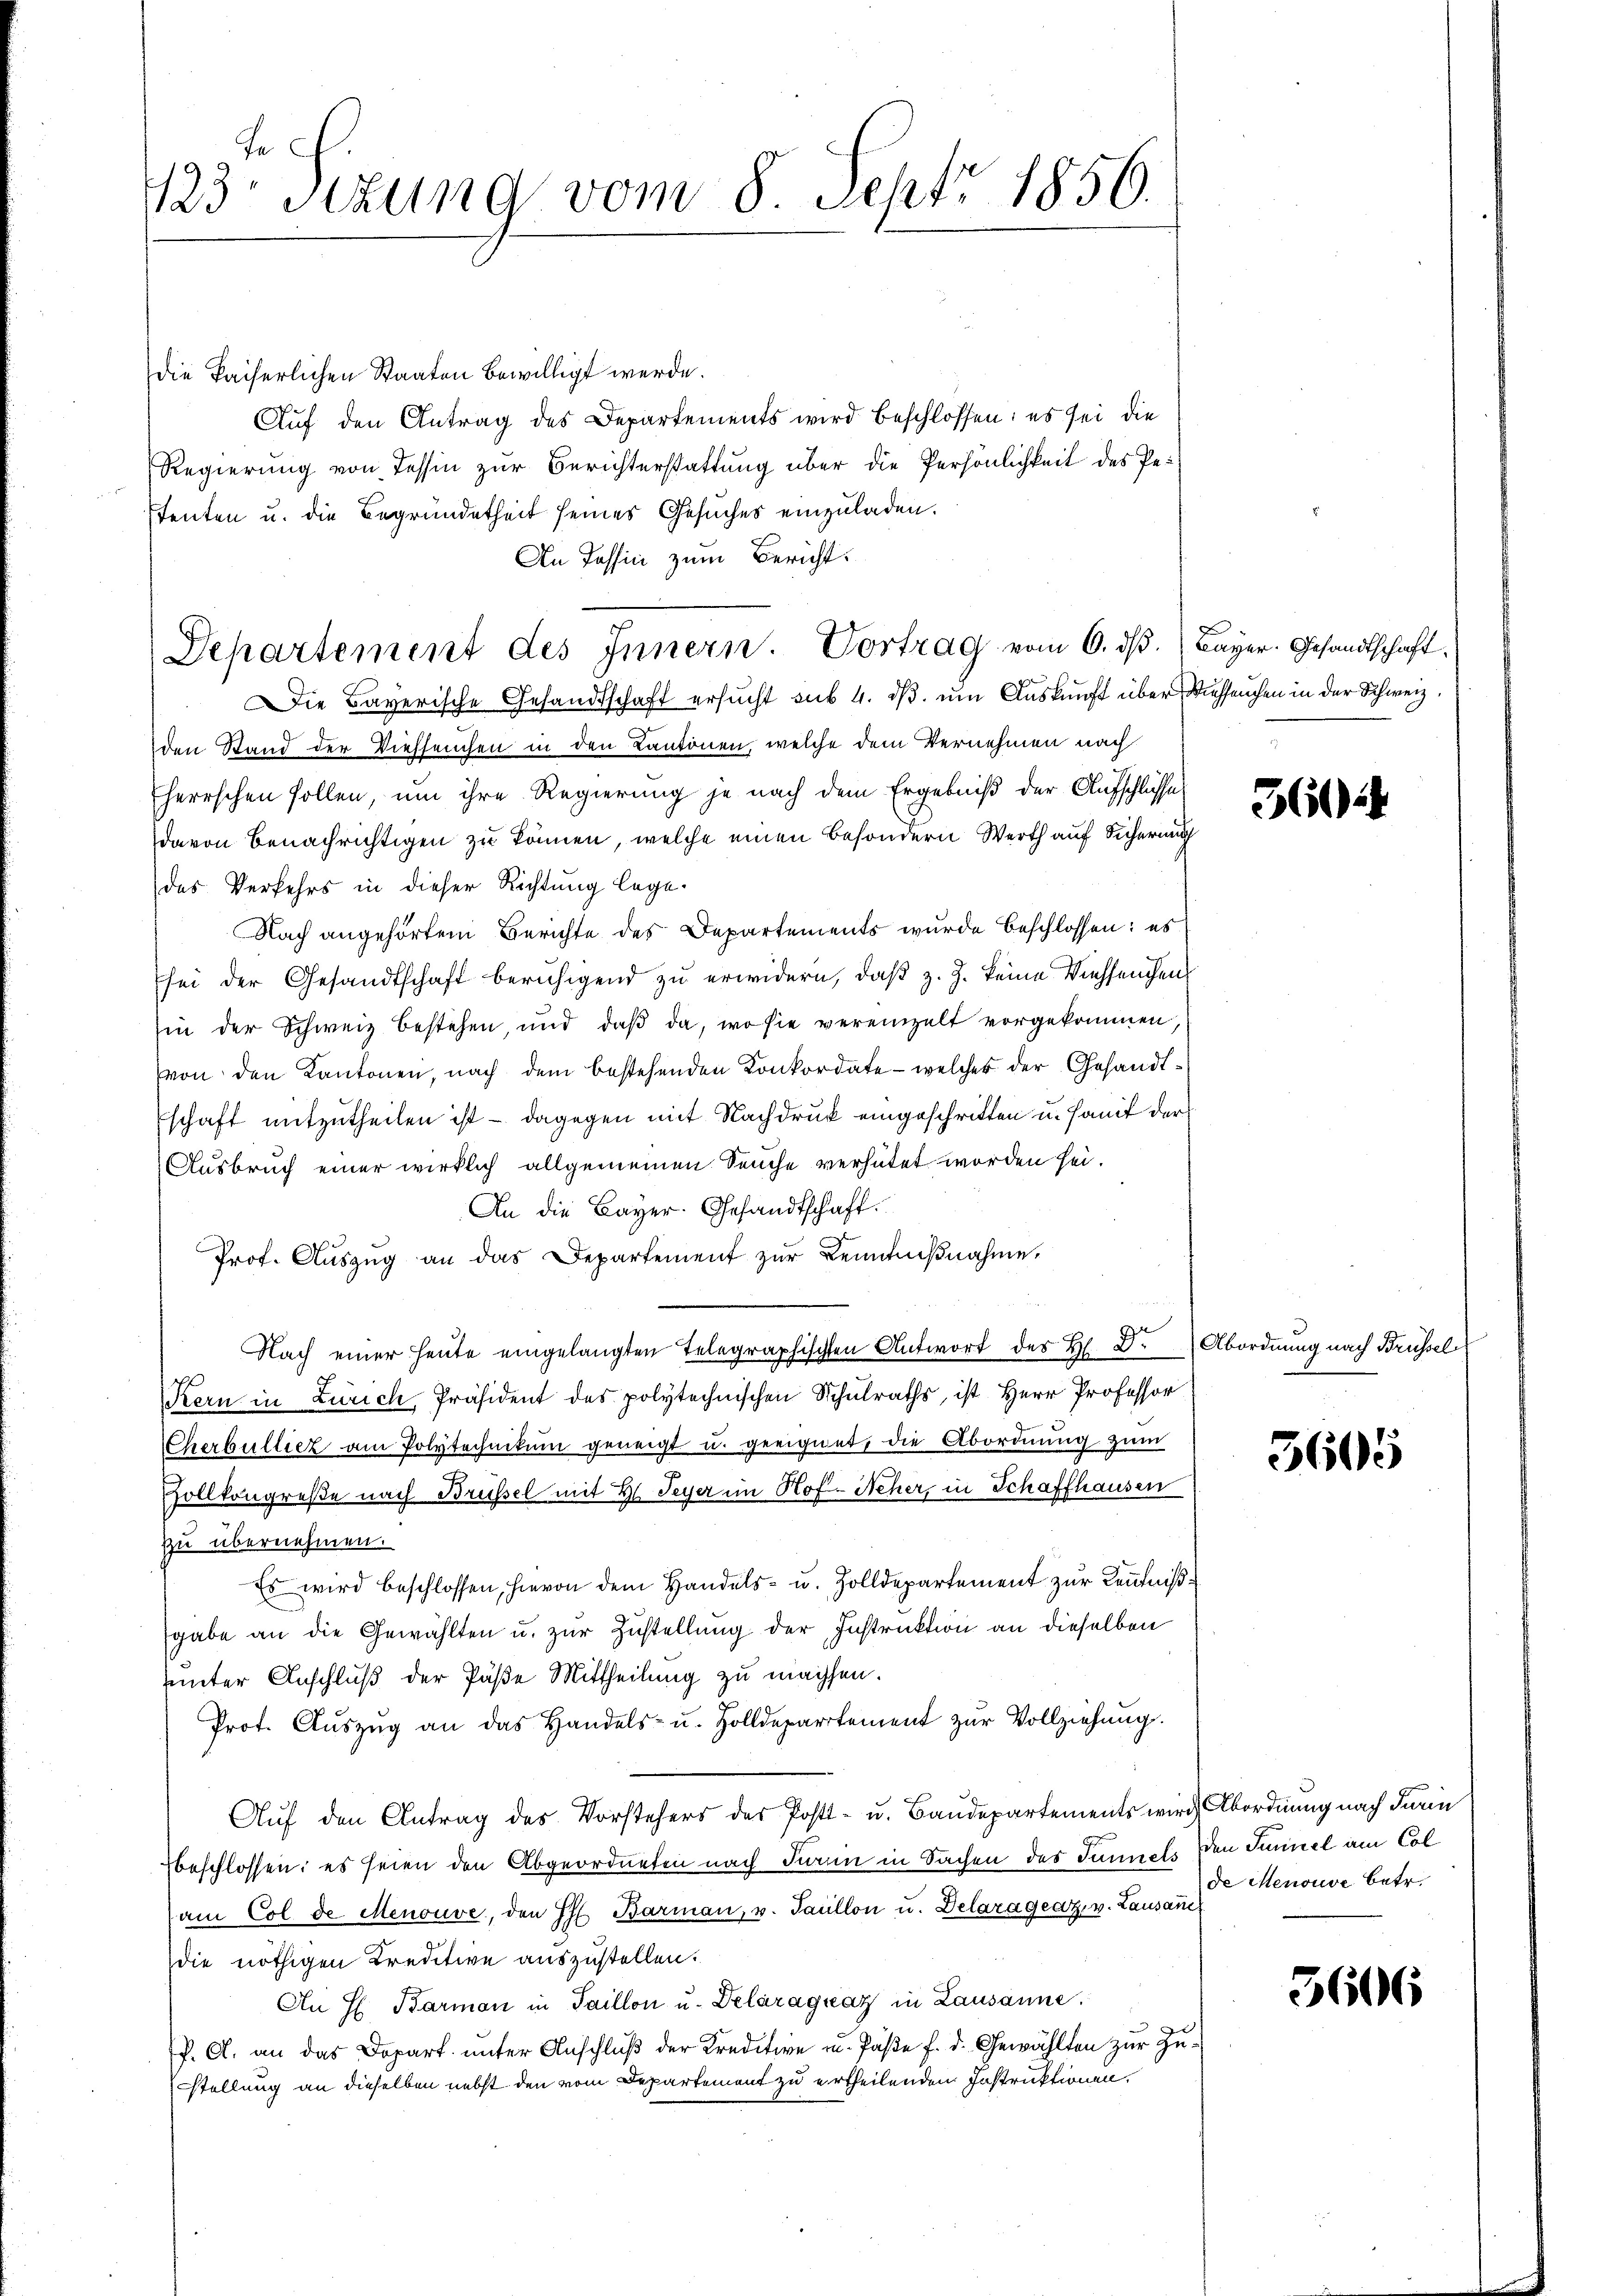
123 Stzung vom 8. Sept. 1856.

Die kaiserlichen Staaten bewilligt werde.
Auf den Antrag des Departements wird beschlossen: es sei die
Regierung von Tessin zur Berichterstattung über die Persönlichkeit des Petenten u. die Begründetheit seines Gesuches einzuladen.
An Passin zum Bericht

Departement des Innern. Vortrag vom 6. dß. Bayer. Gesandtschaft

Die Bayerische Gesandtschaft ersucht sub 4. ds. um Auskunft über Viehseuchen in der Schweiz.
den Stand der Viehseuchen in den Kantonen, welche dem Vernehmen nach
herrschen sollen, um ihre Regierung je nach dem Ergebniß der Aufschlüsse
davon benachrichtigen zu können, welche einen besondern Werth auf Sicheru
das Verkehrs in dieser Richtung lege.
Nach angehörtem Berichte des Departements wurde beschlossen: es
sei der Gesandtschaft beruhigend zu erwidern, daß z. Z. keine Viehseuchen
in der Schweiz bestehen, und daβ da, wo sie vereinzelt vorgekommen,
von den Kantonen, nach dem bestehenden Konkordate - welcher der Gesandtschaft mitzutheilen ist - dagegen mit Nachdruck eingeschritten u. somit der
Ausbruch einer wirklich allgemeinen Seuche verhütet worden sei.
An die Bayer. Gesandtschaft.
Prof. Aŭszŭg an das Departement zur Kenntniβnahme,
Nach einer heute eingelangten Telegraphischen Antwort des H. Dr. Abordnung nach Brüssel
Kern in Zürich, Präsident des polytechnischen Schulraths, ist Herr Professor
Cherbulliez am Polytechnikum geneigt u. geeignet, die Abordnung zŭm
Vollkongreße nach Brüssel mit H. Peyer im Hof-Neher, in Schaffhausen
zu übernehmen.
Es wird beschlossen, hievon dem Handels- u. Zolldepartement zur Kenntniße
gabe an die Gewählten u. zur Zustellung der Instruktion an dieselben
unter Anschluß der Päße Mittheilung zu machsen.
Prot. Aŭszŭg an das Handels- u. Holldepartement zŭr Vollziehŭng.
Auf den Antrag des Vorstehers des Post- u. Baudepartements wir Abordnung nach darin
beschlossen; es seien den Abgeordneten nach dann in Sachen des Saniels den Summel am Col
am Col de Menouve, den Ph. Barmaṅ, u. Paullon u. Delarágeaz v. Lausane
die nöthigen Kreditive auszustellen.
An H. Barman in Taillon u. Delaragraz in Lausanne.
g
P. C. an das Dopart unter Anschluß der Kreditive u. Paße f. d. Gewählten zur Zustellung an dieselben nebst den vom Departement zu ertheilenden Instruktionen.

360

5605

de Menouve betr.

3606